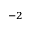
^ { - 2 }